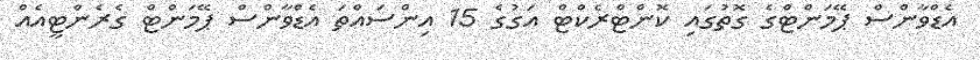
އެޑްވާންސް ޕޭމަންޓްގެ ގޮތުގައި ކޮންޓްރެކްޓް އަގުގެ 15 އިންސައްތަ އެޑްވާންސް ޕޭމަންޓް ގެރެންޓީއެއް